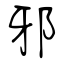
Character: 邪